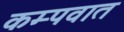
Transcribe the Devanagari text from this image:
कम्पवात